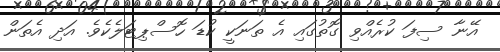
އޭނާ ސިފަ ކުރެއްވި ގޮތުގައި އެ ތަނަކީ ކުޑަ ހޮސްޕިޓަލެކެވެ. އަދި އެތަން